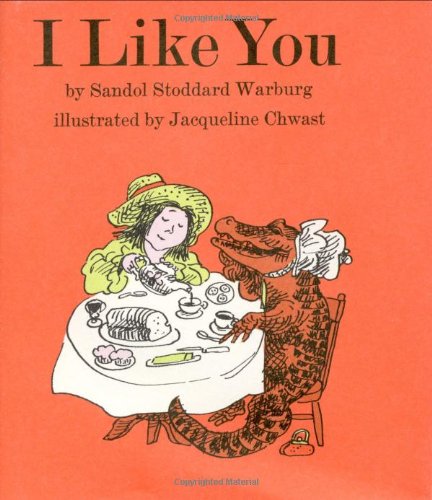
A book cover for I Like You; Sandol Stoddard Warburg; Children's Books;